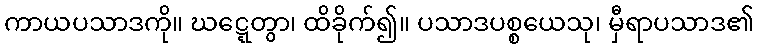
ကာယပသာဒကို။ ဃဋ္ဋေတွာ၊ ထိခိုက်၍။ ပသာဒပစ္စယေသု၊ မှီရာပသာဒ၏